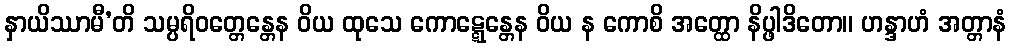
နှာယိဿာမီ’တိ သမ္ပရိဝတ္တေန္တေန ဝိယ ထုသေ ကောဋ္ဋေန္တေန ဝိယ န ကောစိ အတ္ထော နိပ္ဖါဒိတော။ ဟန္ဒာဟံ အတ္တာနံ